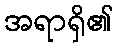
အရာရှိ၏